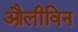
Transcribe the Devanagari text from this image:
औलीविन